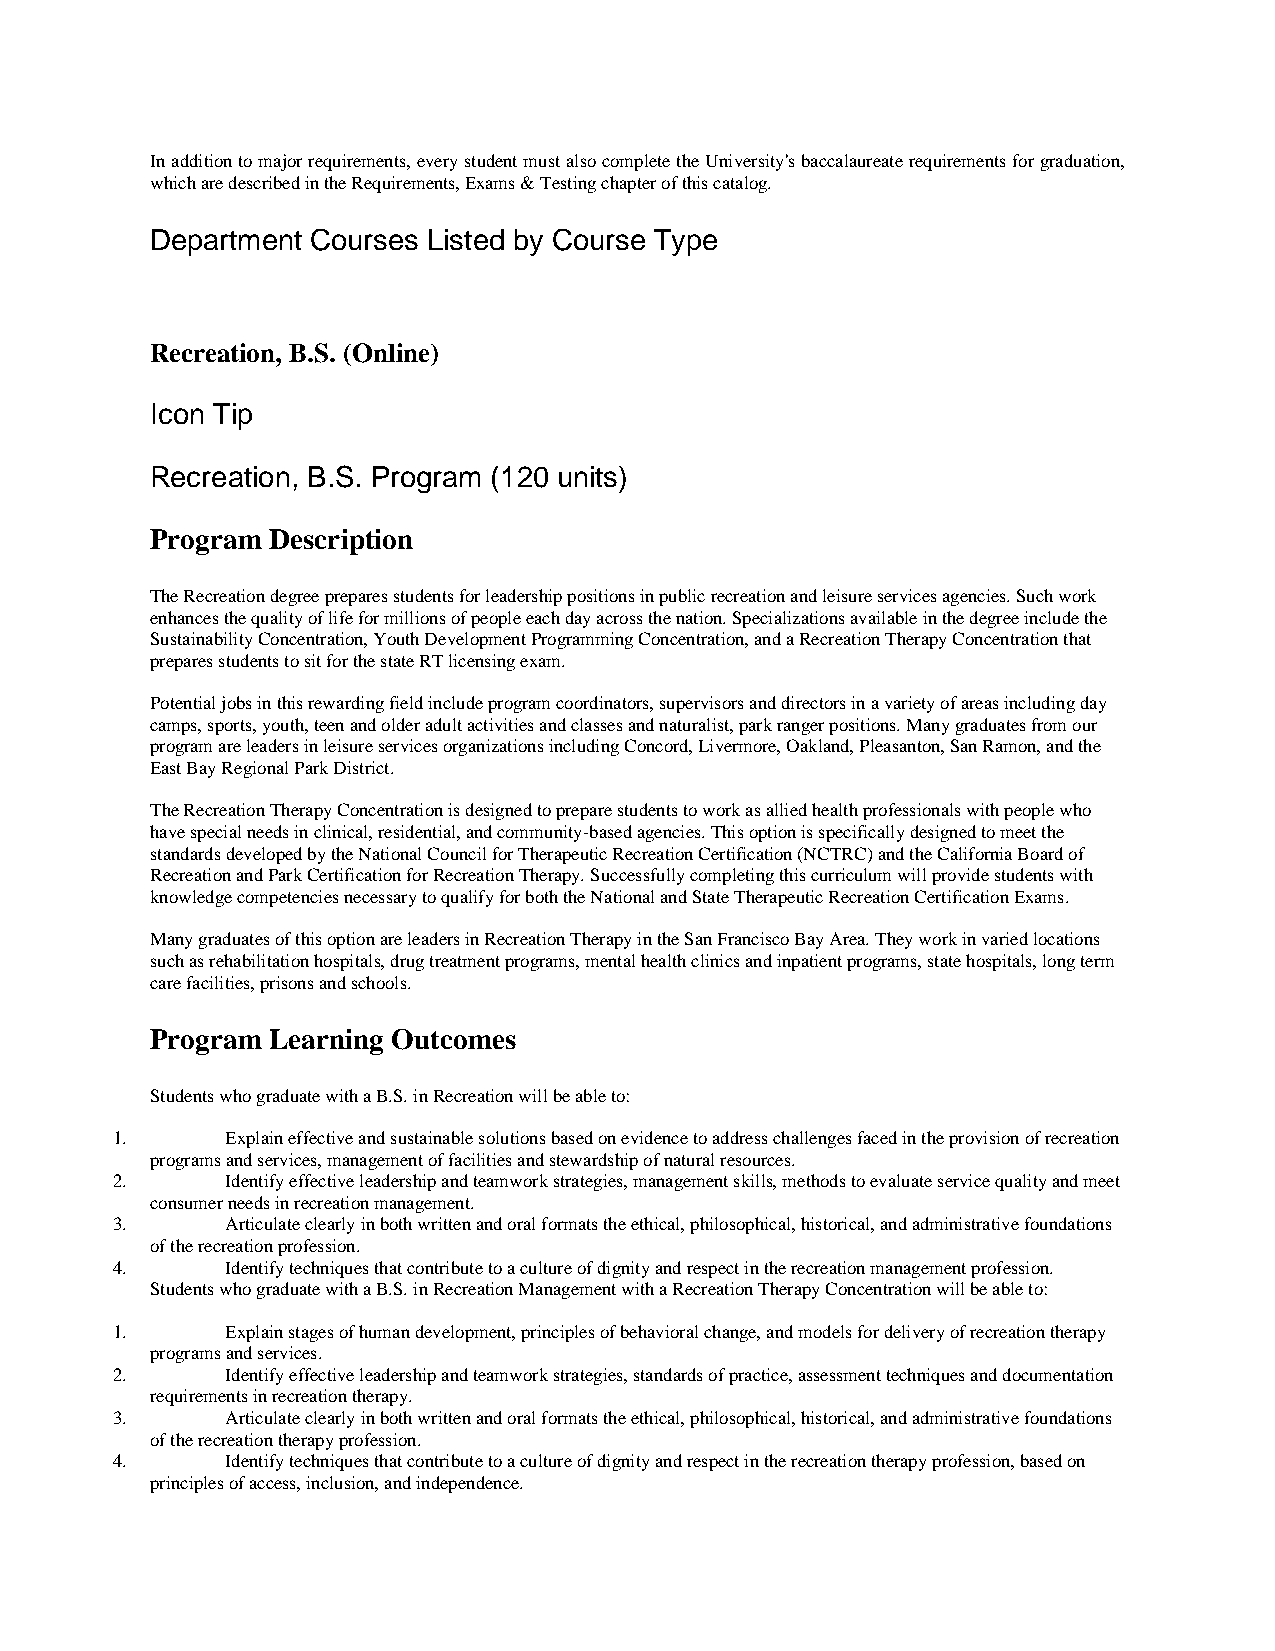
In addition to major requirements, every student must also complete the University's baccalaureate requirements for graduation,
 which are described in the Requirements, Exams & Testing chapter of this catalog.
 Department Courses Listed by Course Type
 Recreation, B.S. (Online)
 Icon Tip
 Recreation, B.S. Program (120 units)
 Program Description
 The Recreation degree prepares students for leadership positions in public recreation and leisure services agencies. Such work
 enhances the quality of life for millions of people each day across the nation. Specializations available in the degree include the
 Sustainability Concentration, Youth Development Programming Concentration, and a Recreation Therapy Concentration that
 prepares students to sit for the state RT licensing exam.
 Potential jobs in this rewarding field include program coordinators, supervisors and directors in a variety of areas including day
 camps, sports, youth, teen and older adult activities and classes and naturalist, park ranger positions. Many graduates from our
 program are leaders in leisure services organizations including Concord, Livermore, Oakland, Pleasanton, San Ramon, and the
 East Bay Regional Park District.
 The Recreation Therapy Concentration is designed to prepare students to work as allied health professionals with people who
 have special needs in clinical, residential, and community-based agencies. This option is specifically designed to meet the
 standards developed by the National Council for Therapeutic Recreation Certification (NCTRC) and the California Board of
 Recreation and Park Certification for Recreation Therapy. Successfully completing this curriculum will provide students with
 knowledge competencies necessary to qualify for both the National and State Therapeutic Recreation Certification Exams.
 Many graduates of this option are leaders in Recreation Therapy in the San Francisco Bay Area. They work in varied locations
 such as rehabilitation hospitals, drug treatment programs, mental health clinics and inpatient programs, state hospitals, long term
 care facilities, prisons and schools.
 Program Learning Outcomes
 Students who graduate with a B.S. in Recreation will be able to:
 1.      Explain effective and sustainable solutions based on evidence to address challenges faced in the provision of recreation
 programs and services, management of facilities and stewardship of natural resources.
 2.      Identify effective leadership and teamwork strategies, management skills, methods to evaluate service quality and meet
 consumer needs in recreation management.
 3.      Articulate clearly in both written and oral formats the ethical, philosophical, historical, and administrative foundations
 of the recreation profession.
 4.      Identify techniques that contribute to a culture of dignity and respect in the recreation management profession.
 Students who graduate with a B.S. in Recreation Management with a Recreation Therapy Concentration will be able to:
 1.      Explain stages of human development, principles of behavioral change, and models for delivery of recreation therapy
 programs and services.
 2.      Identify effective leadership and teamwork strategies, standards of practice, assessment techniques and documentation
 requirements in recreation therapy.
 3.      Articulate clearly in both written and oral formats the ethical, philosophical, historical, and administrative foundations
 of the recreation therapy profession.
 4.      Identify techniques that contribute to a culture of dignity and respect in the recreation therapy profession, based on
 principles of access, inclusion, and independence.